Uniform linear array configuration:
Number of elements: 48
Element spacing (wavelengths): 0.5
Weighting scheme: blackman
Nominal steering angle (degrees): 0
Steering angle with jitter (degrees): -1.135
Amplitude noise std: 0.05
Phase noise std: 0.05

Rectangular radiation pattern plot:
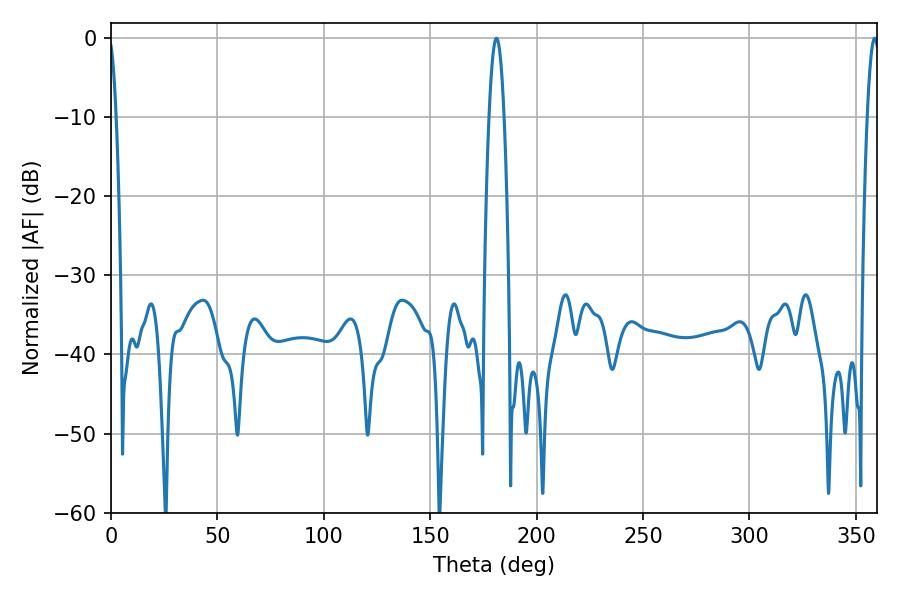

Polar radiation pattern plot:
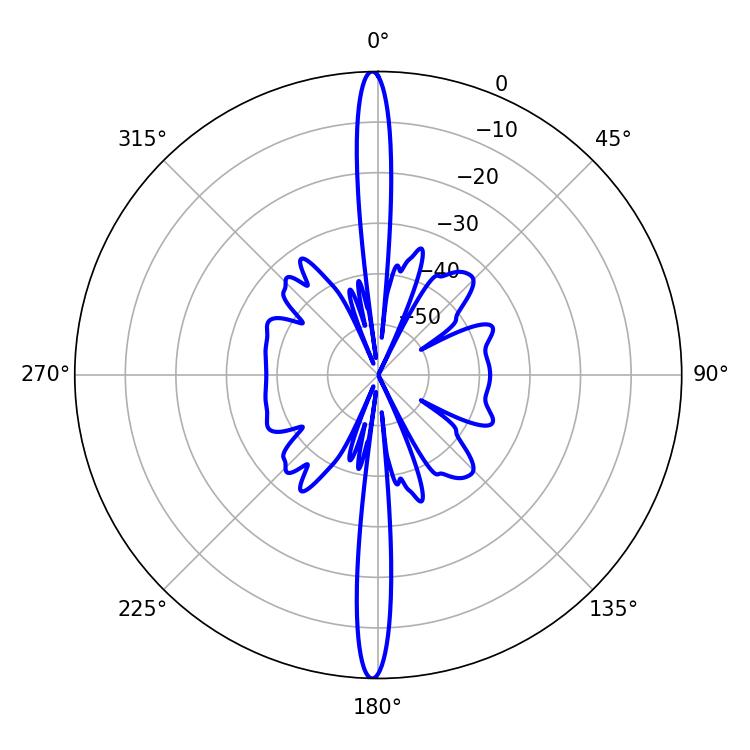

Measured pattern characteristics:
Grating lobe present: FALSE
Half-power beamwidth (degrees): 3.78
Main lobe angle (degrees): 181.08